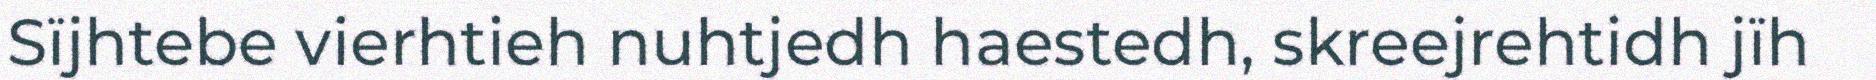
Sïjhtebe vierhtieh nuhtjedh haestedh, skreejrehtidh jïh